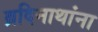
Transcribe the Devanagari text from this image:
ब्रदिनाथांना